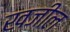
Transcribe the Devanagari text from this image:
खजील